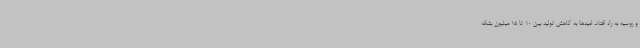
و روسیه به راه افتاد. امیدها به کاهش تولید بین 10 تا 15 میلیون بشکه